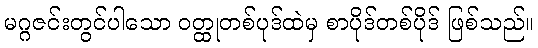
မဂ္ဂဇင်းတွင်ပါသော ဝတ္ထုတစ်ပုဒ်ထဲမှ စာပိုဒ်တစ်ပိုဒ် ဖြစ်သည်။